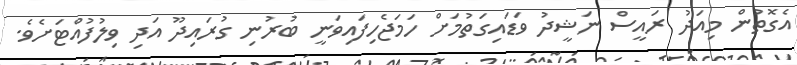
އެގޮތުން މިއަދު ރައީސް ނަޝީދު ވަޑައިގަތުމަށް ހަމަޖެހިފައިވަނީ ބުރުނި ގުރައިދޫ އަދި ވިލުފުއްޓަށެވެ.